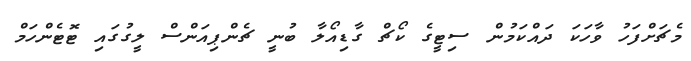
މެޗަށްފަހު ވާހަކަ ދައްކަމުން ސިޓީގެ ކޯޗް ގާޑިއޯލާ ބުނީ ޗެންޕިއަންސް ލީގުގައި ޓޮޓެންހަމް